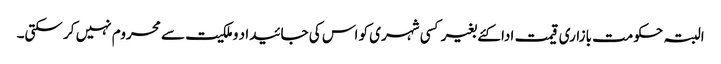
البتہ حکومت بازاری قیمت ادا کئے بغیر کسی شہری کو اس کی جائیدا د وملکیت سے محروم نہیں کر سکتی۔